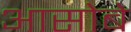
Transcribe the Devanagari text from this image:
आसोबे